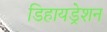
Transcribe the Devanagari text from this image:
डिहायड्रेशन